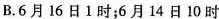
B.6月16日1时；6月14日10时